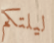
ليلتكم